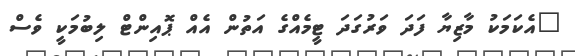
"އެކަމަކު މާޒިޔާ ފަދަ ވަރުގަދަ ޓީމެއްގެ އަތުން އެއް ޕޮއިންޓް ލިބުމަކީ ވެސް